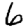
Digit: 6